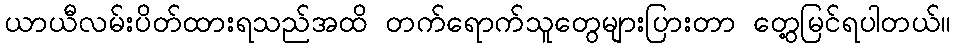
ယာယီလမ်းပိတ်ထားရသည်အထိ တက်ရောက်သူတွေများပြားတာ တွေ့မြင်ရပါတယ်။